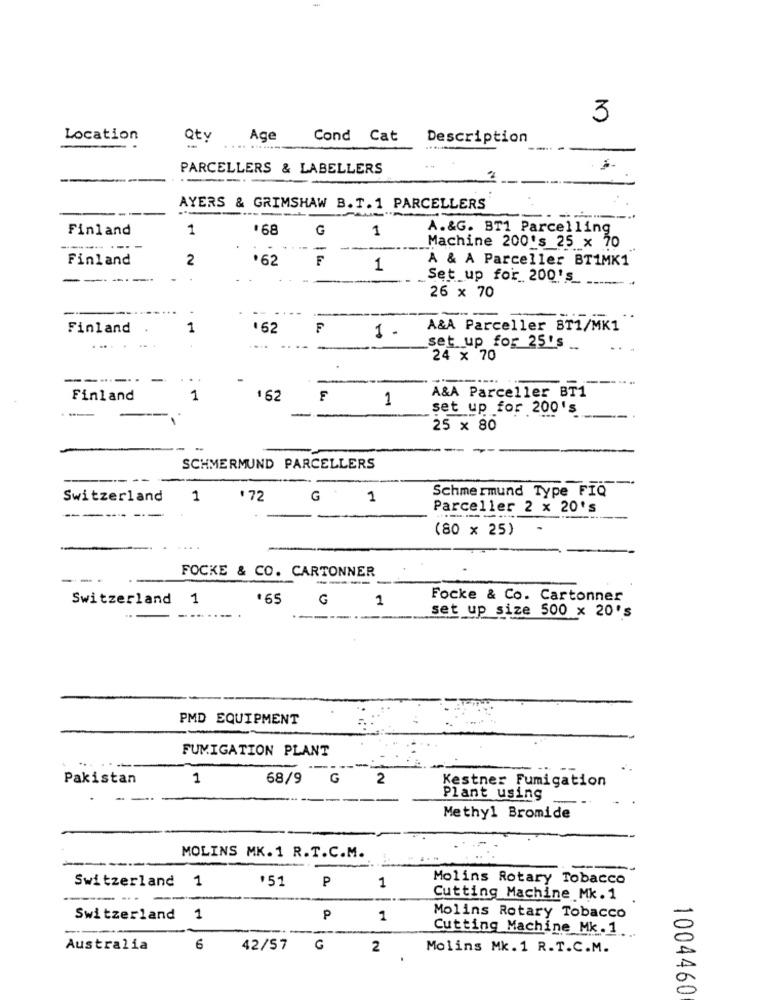
3
Location
Qty
Age
Cond Cat
Description
PARCELLERS & LABELLERS
AYERS & GRIMSHAW B. T.1 PARCELLERS
Finland
1
.68
G
1
A.&G. BT1 Parcelling
-
-
Machine 200's 25 x 70
Finland
2
.62
F
A & A Parceller BT1MK1
1
-------
Set up for 200's
26 × 70
....
Finland
1
.62
F
1.
A&A Parceller BT1/MK1
set up for 25's
24 x 70
-----
-
Finland
. H
162
1
A&A Parceller BT1
set up for 200's
25 × 80
SCHMERMUND PARCELLERS
Switzerland
1
.72
1
Schmermund Type FIQ
Parceller 2 × 20's
---
(80 x 25)
FOCKE & CO. CARTONNER
---
Switzerland 1
165
G
1
Focke & Co. Cartonner
set up size 500 x 20's
PMD EQUIPMENT
FUMIGATION PLANT
Pakistan
1
68/9 G
2
Kestner Fumigation
Plant using
Methyl Bromide
MOLINS MK.1 R.T.C.M.
*51
P
1
Molins Rotary Tobacco
Switzerland
Cutting Machine Mk. 1
Switzerland 1
P
1
Molins Rotary Tobacco
Cutting Machine Mk . 1.
Australia
6
42/57
G
2
Molins Mk. 1 R.T.C.M.
1004460